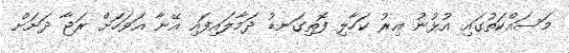
މަސައްކަތުގައި އުޅުނު އިރު ކަހާލި ފޮތިގަނޑު ދަމާލައިފައި އޭނާ އަވަހަށް ރަޖާ ދަށަށް